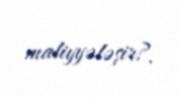
maliyyələşir?.